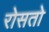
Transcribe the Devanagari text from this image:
रोसतो